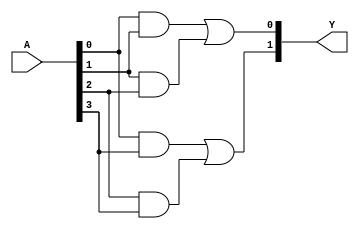
module FusedPAL #(
    parameter N = 4, // Number of inputs
    parameter M = 2  // Number of outputs
)(
    input wire [N-1:0] A, // Input signals A, B, C, ..., N
    output wire [M-1:0] Y // Output signals Y1, Y2, ..., Ym
);

// Internal signals for AND gates
wire [N-1:0] and_out[0:3]; // Example: 4 programmable AND gates

// Programmable AND array
// The configuration of input connections can be modified based on the specific use case
generate
    genvar i;
    for (i = 0; i < 4; i = i + 1) begin : and_gates
        case (i)
            0: assign and_out[i] = A[0] & A[1]; // AND gate 1
            1: assign and_out[i] = A[1] & A[2]; // AND gate 2
            2: assign and_out[i] = A[0] & A[3]; // AND gate 3
            3: assign and_out[i] = A[2] & A[3]; // AND gate 4
            default: assign and_out[i] = 0;    // Default case
        endcase
    end
endgenerate

// Fixed OR array
// The output connections are fixed and hardwired
assign Y[0] = and_out[0] | and_out[1]; // Output Y1
assign Y[1] = and_out[2] | and_out[3]; // Output Y2

endmodule